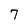
Character: 7